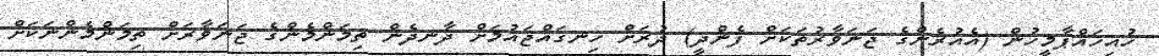
ހުއިހައްޕާމީހުން (އެއުރެންގެ ޖަނަވާރުތަކަށް ފެންދީ) ދުރަށް ހިނގައްޖައުމަށް ދާނދެން ތިމަންމެންގެ ޖަނަވާރަށް ތިމަންމެންނަކަށް